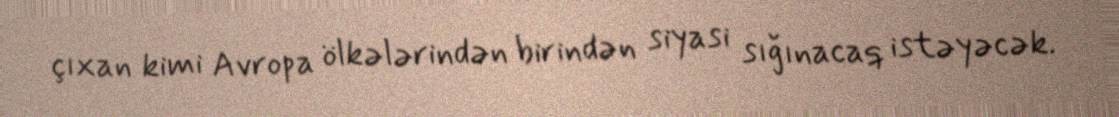
çıxan kimi Avropa ölkələrindən birindən siyasi sığınacaq istəyəcək.